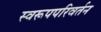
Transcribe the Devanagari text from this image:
स्वरूपपरिवर्तन